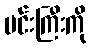
မင်းကြီးကို